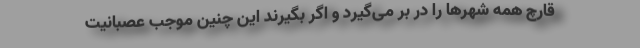
قارچ همه شهرها را در بر می‌گیرد و اگر بگیرند این چنین موجب عصبانیت